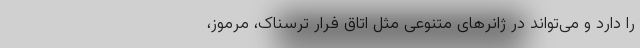
را دارد و می‌تواند در ژانرهای متنوعی مثل اتاق فرار ترسناک، مرموز،